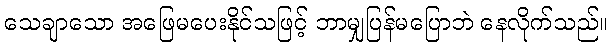
သေချာသော အဖြေမပေးနိုင်သဖြင့် ဘာမျှပြန်မပြောဘဲ နေလိုက်သည်။